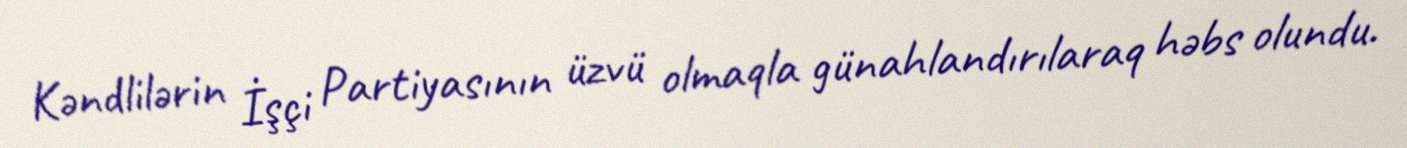
Kəndlilərin İşçi Partiyasının üzvü olmaqla günahlandırılaraq həbs olundu.